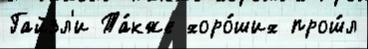
Гайзл'и Та́кже хоро́ших прош́л